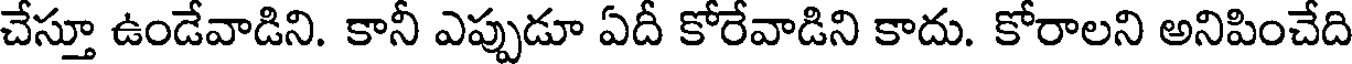
చేస్తూ ఉండేవాడిని. కానీ ఎప్పుడూ ఏదీ కోరేవాడిని కాదు. కోరాలని అనిపించేది